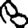
Digit: 8